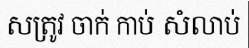
សត្រូវ ចាក់ កាប់ សំលាប់